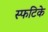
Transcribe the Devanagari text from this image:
स्फटिके